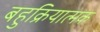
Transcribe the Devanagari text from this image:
बहुक्रियात्मक